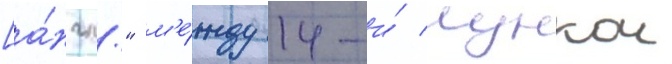
[а́нгл." м'е́жду 14-и́ лункои